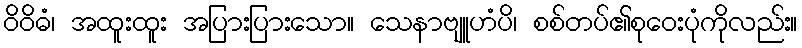
ဝိဝိဓံ၊ အထူးထူး အပြားပြားသော။ သေနာဗျူဟံပိ၊ စစ်တပ်၏စုဝေးပုံကိုလည်း။